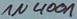
Text: 1N4001